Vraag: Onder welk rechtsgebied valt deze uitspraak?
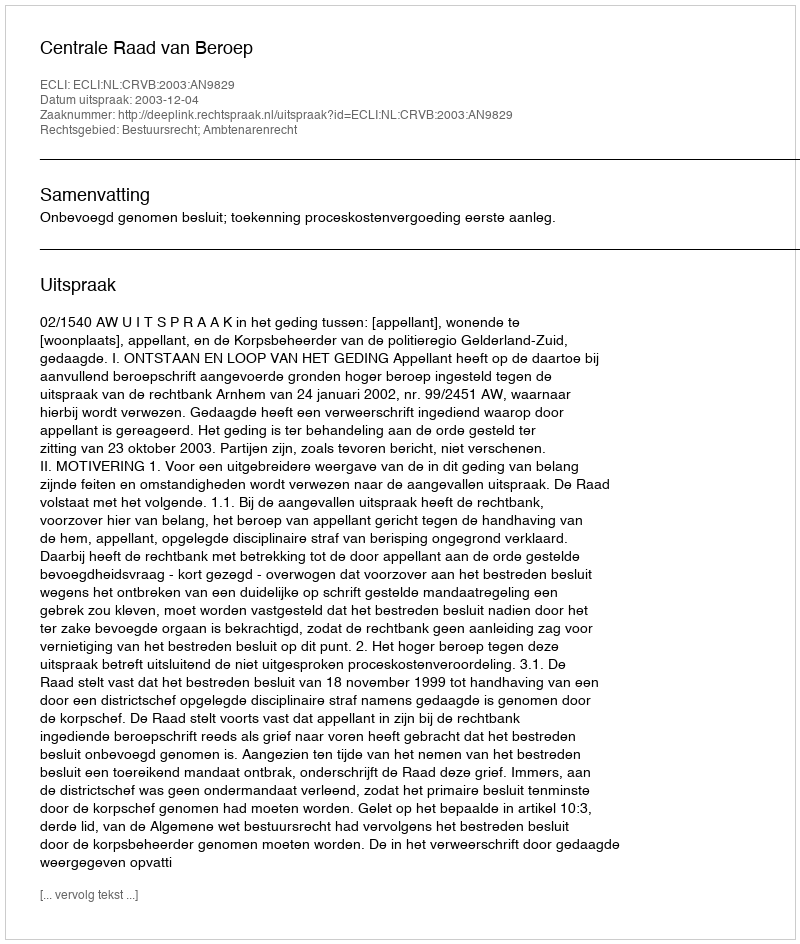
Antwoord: Bestuursrecht; Ambtenarenrecht